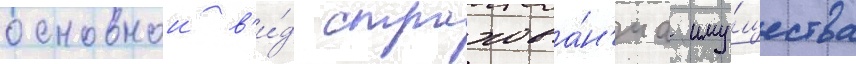
основнои в'и́д страхова́н'иа иму́щества